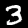
Digit: 3